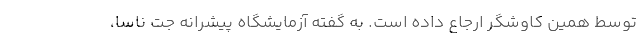
توسط همین کاوشگر ارجاع داده است. به گفته آزمایشگاه پیشرانه جت ناسا،